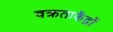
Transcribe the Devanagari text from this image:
वक्रताकेंद्रों